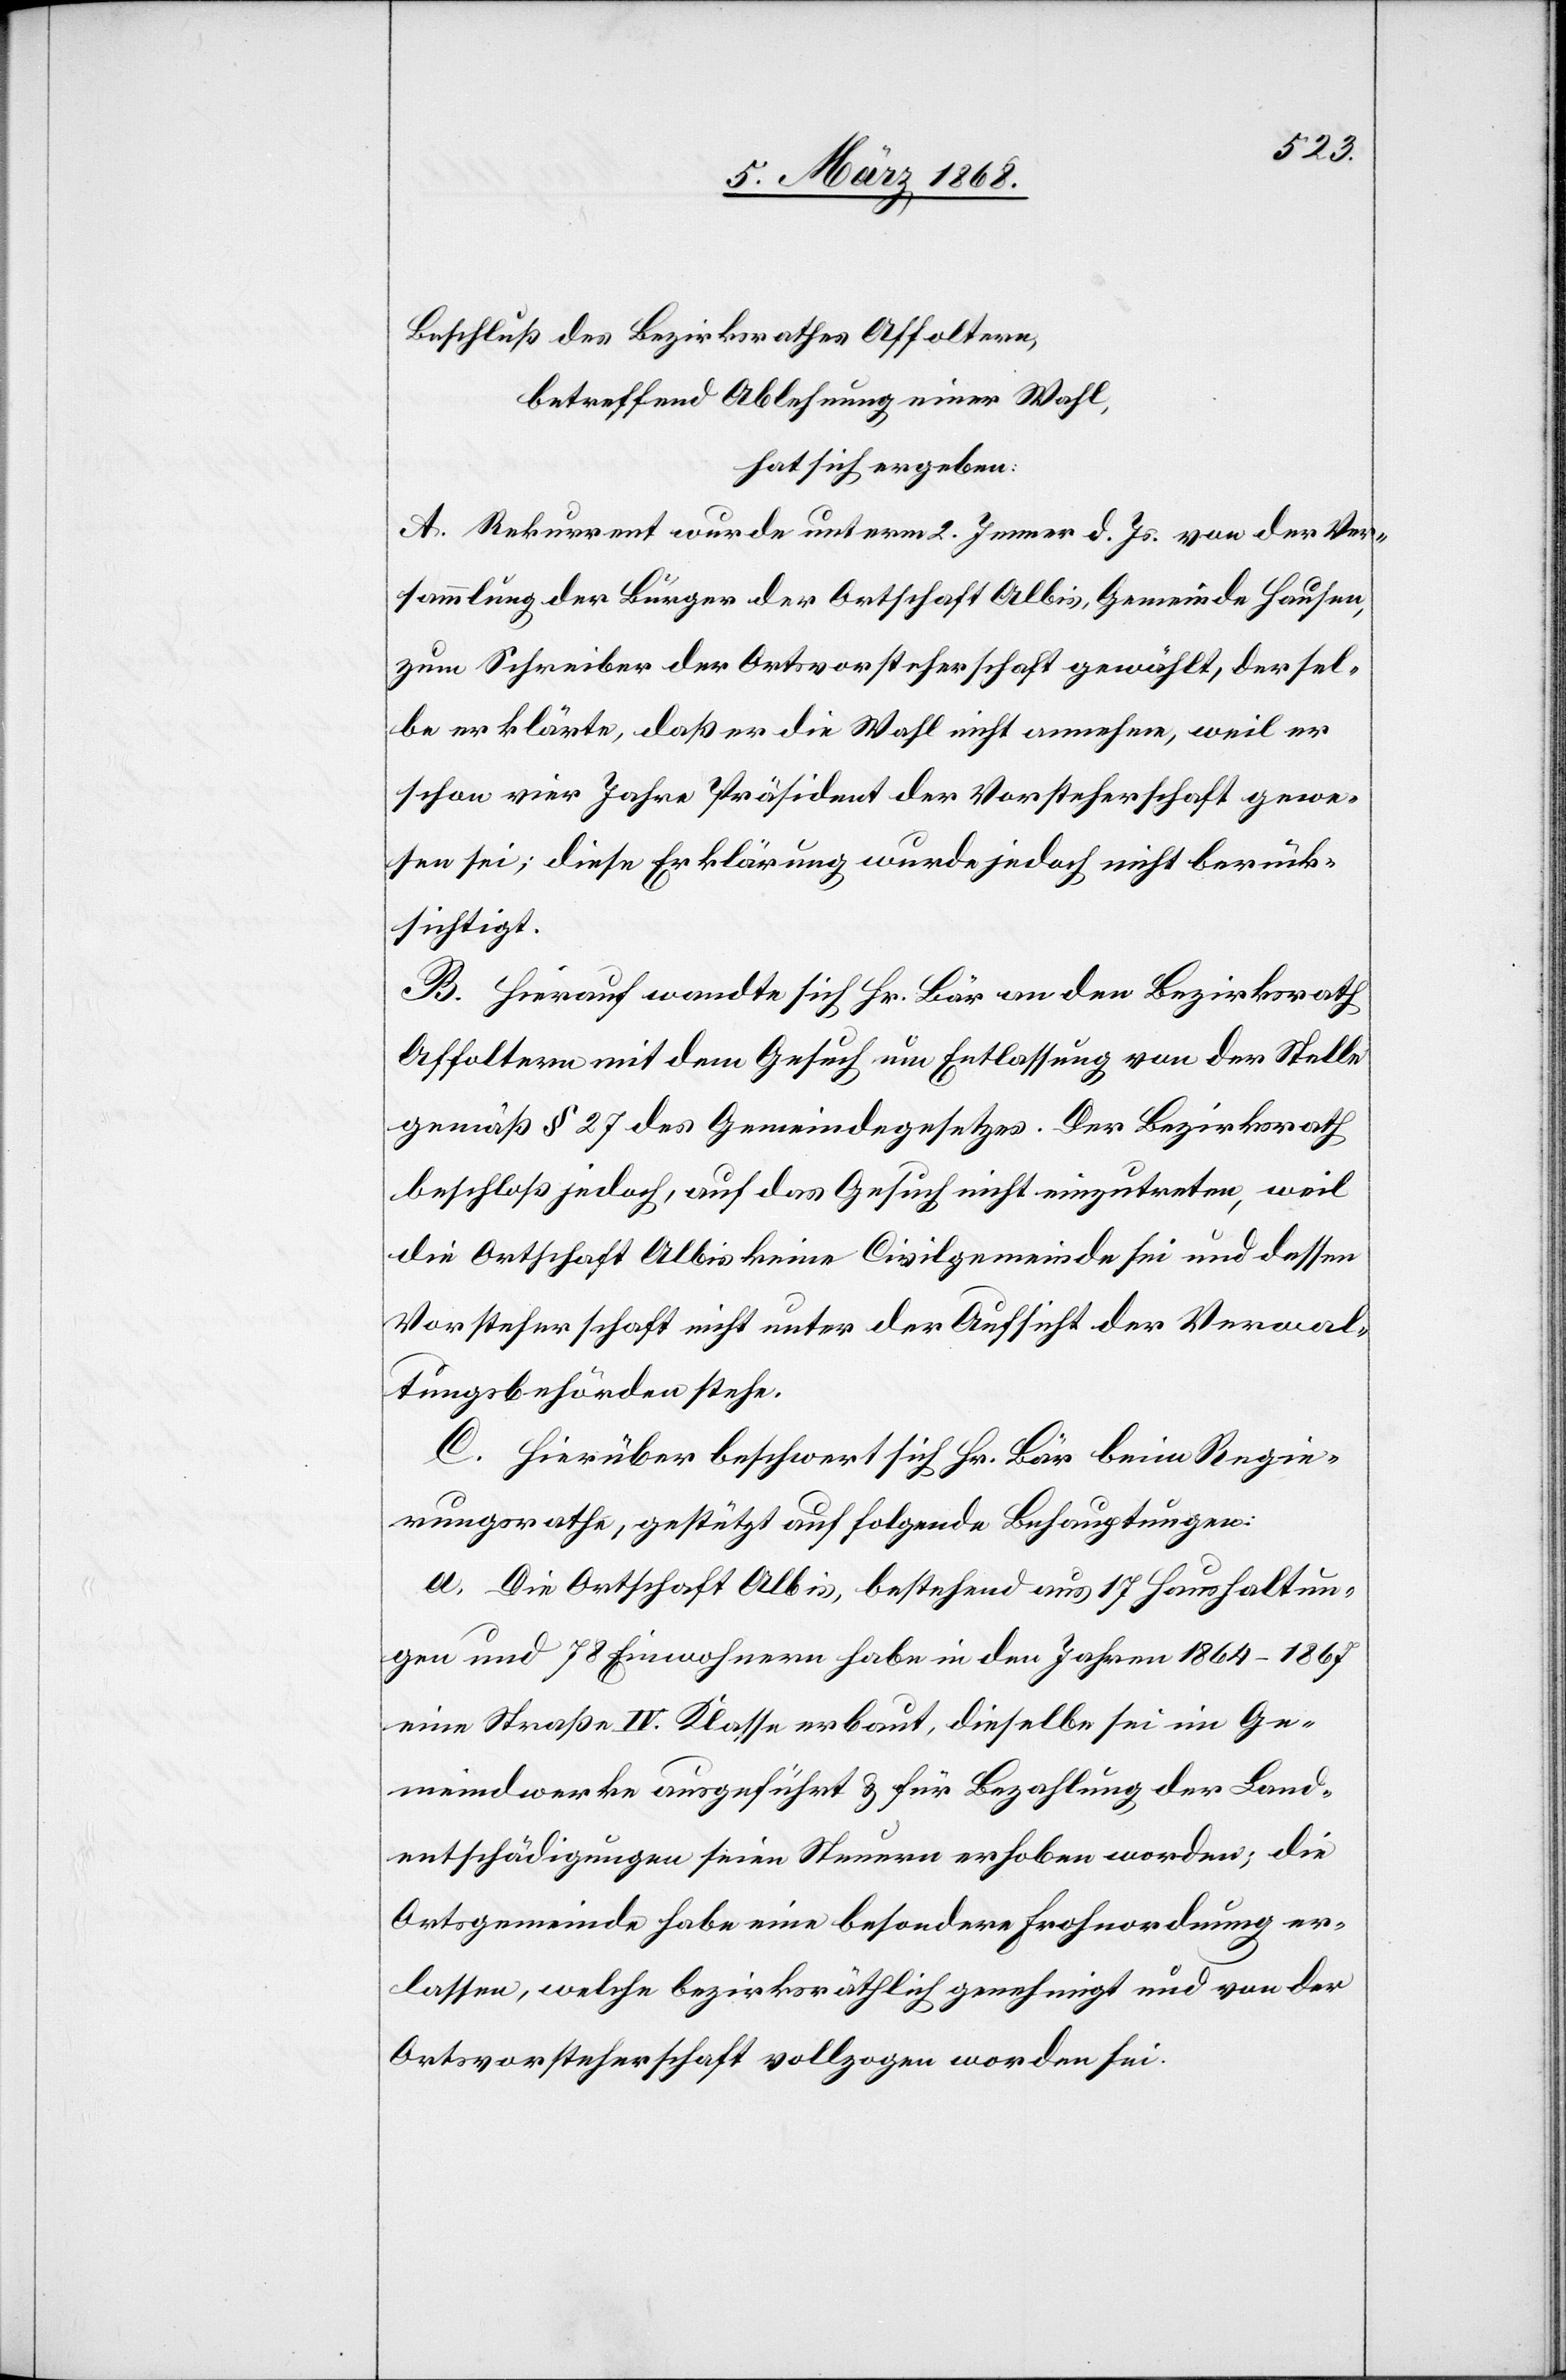
Beschluß des Bezirksrathes Affoltern,
betreffend Ablehnung einer Wahl,
hat sich ergeben:
A. Rekurrent wurde unterm 2. Jenner d. Js. von der Ver¬
sammlung der Bürger der Ortschaft Albis, Gemeinde Hausen,
zum Schreiber der Ortsvorsteherschaft gewählt, dersel¬
be erklärte, daß er die Wahl nicht annehme, weil er
schon vier Jahre Präsident der Vorsteherschaft gewe¬
sen sei; diese Erklärung wurde jedoch nicht berück¬
sichtigt.
B. Hierauf wandte sich Hr. Bär an den Bezirksrath
Affoltern mit dem Gesuch um Entlassung von der Stelle
gemäß § 27 des Gemeindegesetzes. Der Bezirksrath
beschloß jedoch, auf das Gesuch nicht einzutreten, weil
die Ortschaft Albis keine Civilgemeinde sei und dessen
Vorsteherschaft nicht unter der Aufsicht der Verwal¬
tungsbehörden stehe.
C. Hierüber beschwert sich Hr. Bär beim Regie¬
rungsrathe, gestützt auf folgende Behauptungen:
a. Die Ortschaft Albis, bestehend aus 17 Haushaltun¬
gen und 78 Einwohnern habe in den Jahren 1864–1867
eine Straße IV. Klasse erbaut, dieselbe sei im Ge¬
meindwerke ausgeführt & für Bezahlung der Land¬
entschädigungen seien Steuern erhoben worden; die
Ortsgemeinde habe eine besondere Frohnordnung er¬
lassen, welche bezirksräthlich genehmigt und von der
Ortsvorsteherschaft vollzogen worden sei.